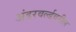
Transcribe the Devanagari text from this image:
अंडरवर्ल्डवरील